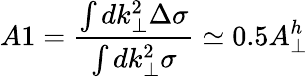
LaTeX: A1=\frac{\int dk_{\perp}^{2}\Delta\sigma}{\int dk_{\perp}^{2}\sigma}\simeq 0.5A_{\perp}^{h}